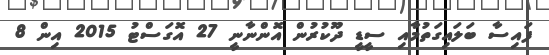
ފައިސާ ބަލައިގަތުމާއި ސީޑީ ދޫކުރުން އޮންނާނީ 27 އޮގަސްޓު 2015 އިން 8